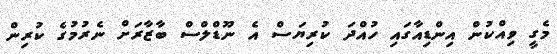
މެގީ ވިއްކުން އިންޑިއާގައި ހުއްދަ ކުރިޔަސް އެ ނޫޑްލްސް ބާޒާރަށް ނެރުމުގެ ކުރިން